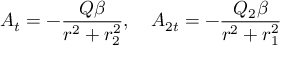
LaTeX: A _ { t } = - \frac { Q \beta } { r ^ { 2 } + r _ { 2 } ^ { 2 } } , ~ ~ ~ A _ { 2 t } = - \frac { Q _ { 2 } \beta } { r ^ { 2 } + r _ { 1 } ^ { 2 } }